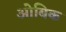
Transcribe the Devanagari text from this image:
ओबिक